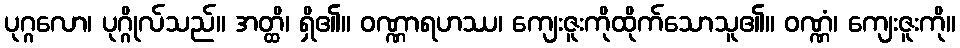
ပုဂ္ဂလော၊ ပုဂ္ဂိုလ်သည်။ အတ္ထိ၊ ရှိ၏။ ဝဏ္ဏာရဟဿ၊ ကျေးဇူးကိုထိုက်သောသူ၏။ ဝဏ္ဏံ၊ ကျေးဇူးကို။